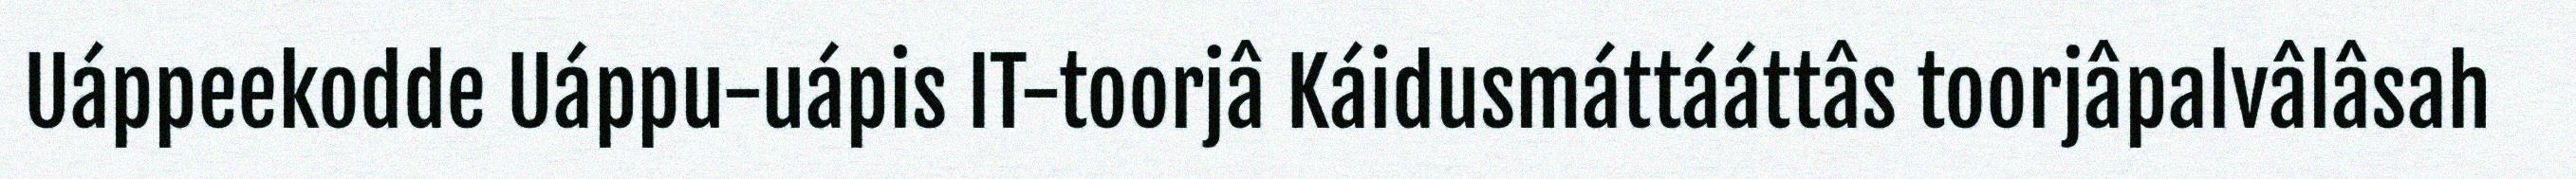
Uáppeekodde Uáppu-uápis IT-toorjâ Káidusmáttááttâs toorjâpalvâlâsah